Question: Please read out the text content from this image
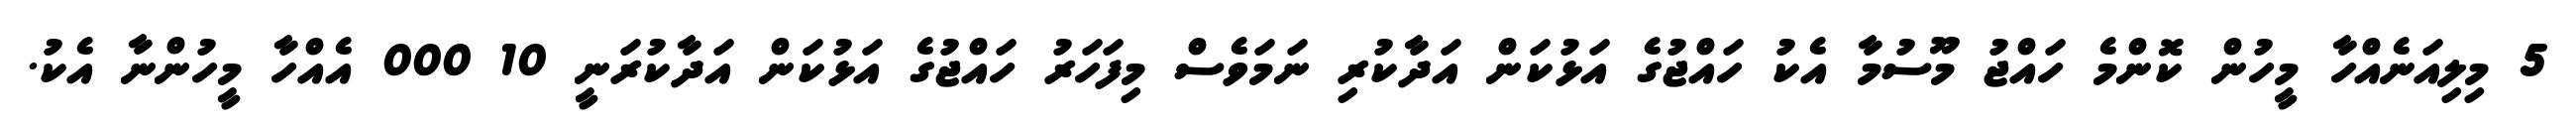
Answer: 5 މިލިއަނެއްހާ މީހުން ކޮންމެ ހައްޖު މޫސުމާ އެކު ހައްޖުގެ އަޅުކަން އަދާކުރި ނަމަވެސް މިފަހަރު ހައްޖުގެ އަޅުކަން އަދާކުރަނީ 10 000 އެއްހާ މީހުންނާ އެކު.